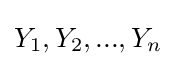
Y_{1},Y_{2},...,Y_{n}